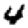
Digit: 4